Insane asylums in Bengal annual reports 1867-1875 - 1867-1875
Year: 1867
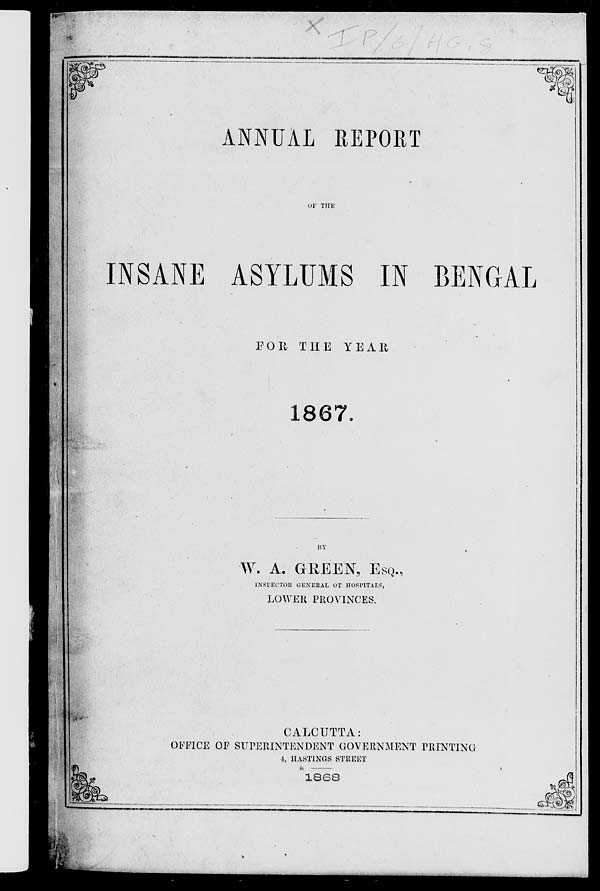
ANNUAL REPORT
OF THE
INSANE ASYLUMS IN BENGAL
FOR THE YEAR
1867.
BY
W. A. GREEN, ESQ.,
INSPECTOR GENERAL OF HOSPITALS,
LOWER PROVINCES.
CALCUTTA:
OFFICE OF SUPERINTENDENT GOVERNMENT PRINTING
4, HASTINGS STREET
1868